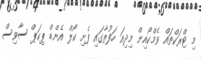
މި ޓްރަކްތައް ވެމްކޯއިން މިދިއަ ހަފުތާގައި ފެށި ކޯލް އެންޑް ޕިކަޕް ސާވިސް